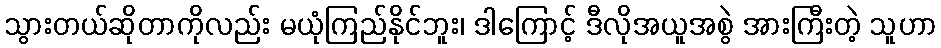
သွားတယ်ဆိုတာကိုလည်း မယုံကြည်နိုင်ဘူး၊ ဒါကြောင့် ဒီလိုအယူအစွဲ အားကြီးတဲ့ သူဟာ